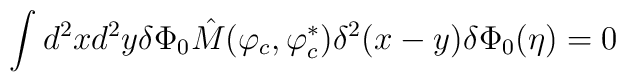
\int d^2xd^2y \delta\Phi_0 \hat{M}(\varphi_c, \varphi_c^\ast)\delta^2(x-y)\delta\Phi_0(\eta) = 0